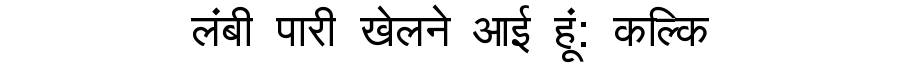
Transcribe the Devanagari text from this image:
लंबी पारी खेलने आई हूं: कल्कि